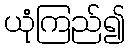
ယုံကြည်၍